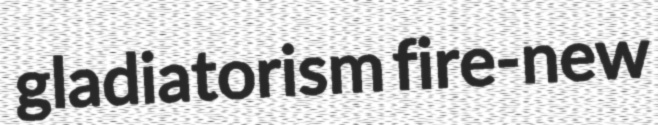
gladiatorism fire-new